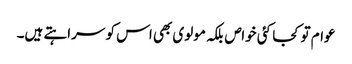
عوام تو کجا کئی خواص بلکہ مولوی بھی اس کو سراہتے ہیں۔